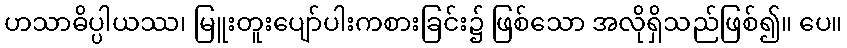
ဟသာဓိပ္ပါယဿ၊ မြူးတူးပျော်ပါးကစားခြင်း၌ ဖြစ်သော အလိုရှိသည်ဖြစ်၍။ ပေ။